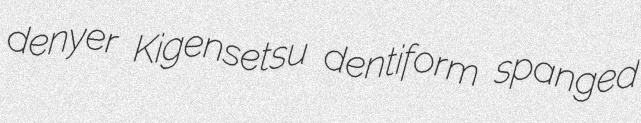
denyer Kigensetsu dentiform spanged